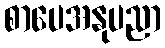
စာပေအနုပညာ